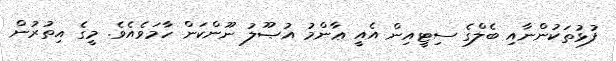
ފުޅުތަކުންނާއި ބެލްގެ ސިޓީއިން އެއީ ޢާންމު އުޞޫލު ނޫންކަން ހާމަވެއެވެ. މީގެ އިތުރުން